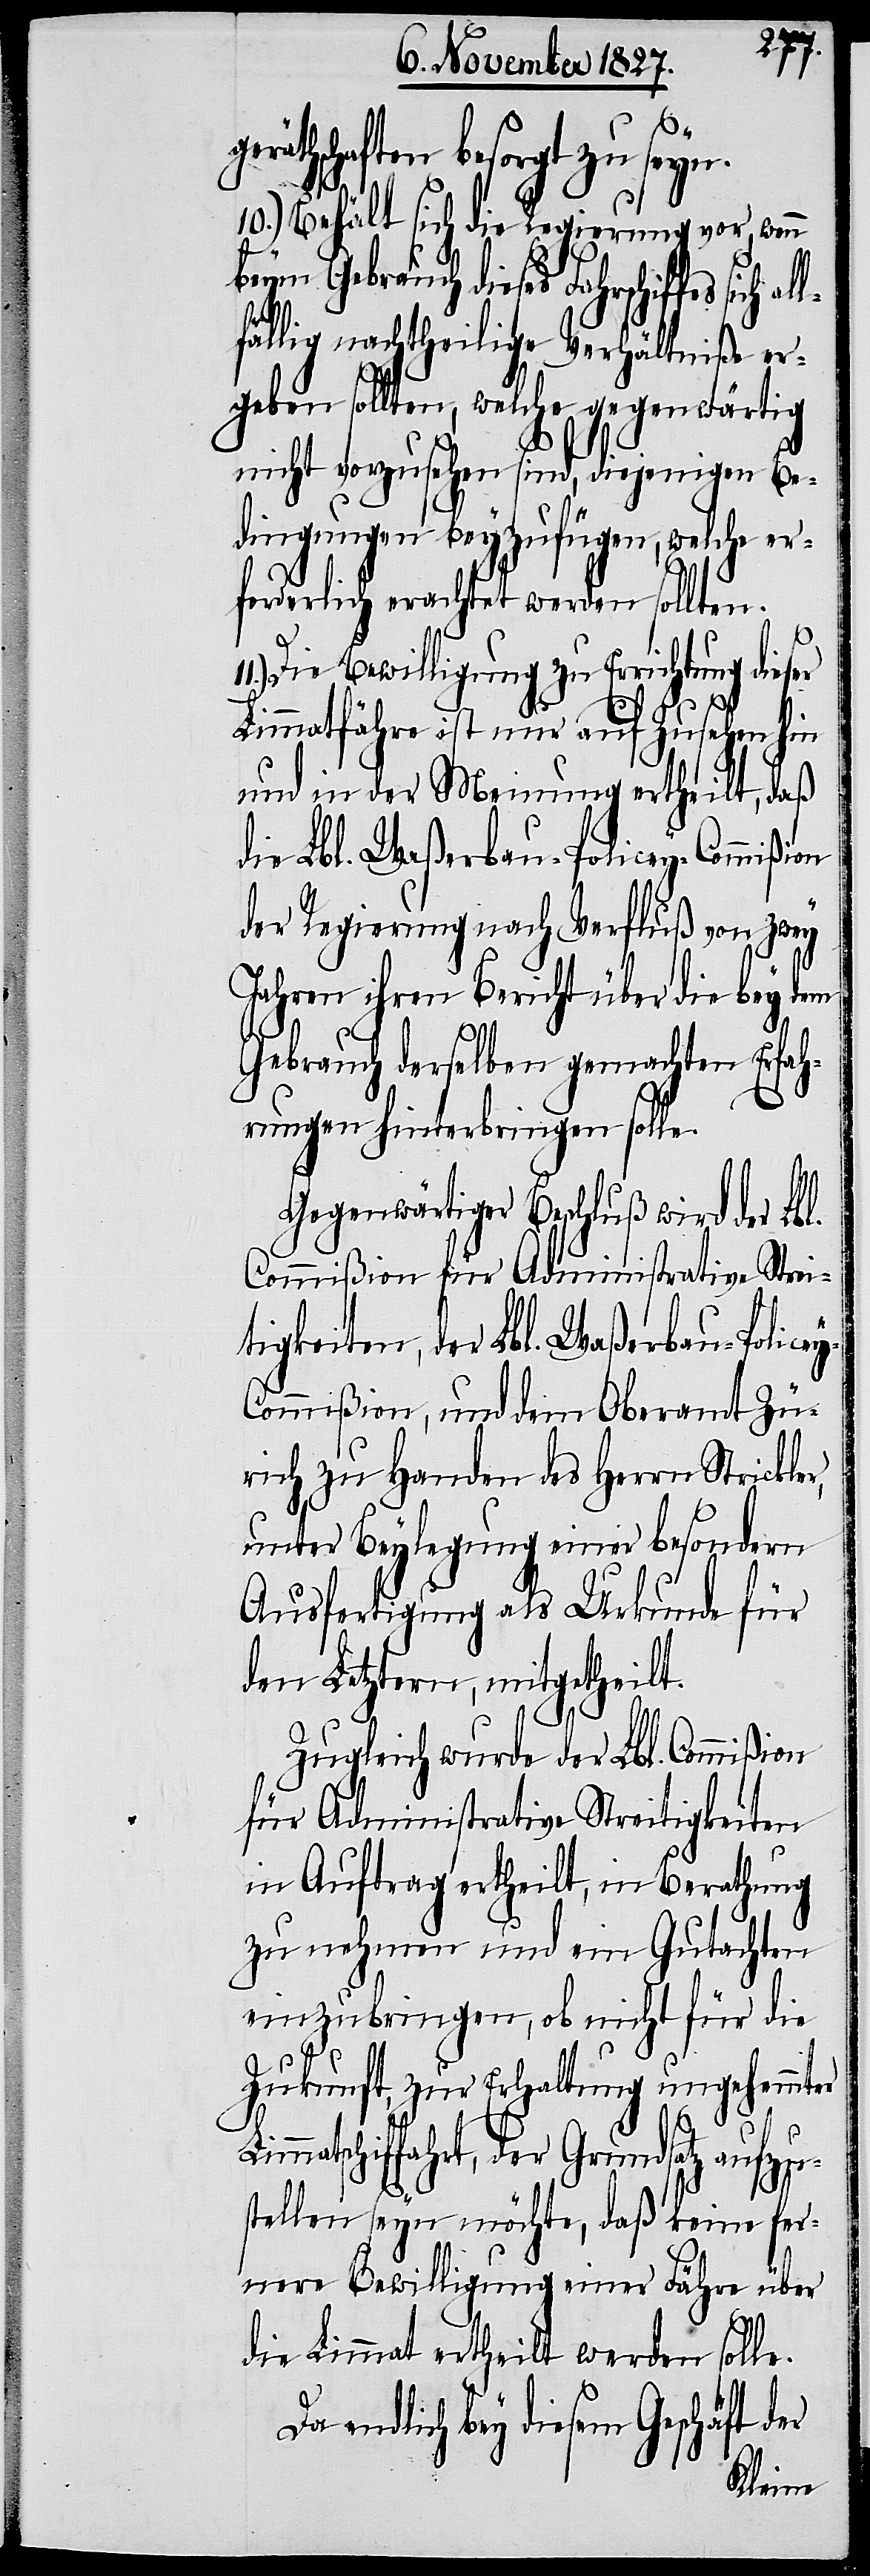
Lim¬
geräthschaften besorgt zu seyn.
10.) Behält sich die Regierung vor, wenn
beym Gebrauch dieses Fahrschiffes
lfällig nachtheilige Verhältniße er¬
geben sollten, welche gegenwärtig
nicht vorzusehen sind, diejenigen Be¬
dingungen beyzufügen, welche er¬
forderlich erachtet werden sollten.
Die Bewilligung zu Errichtung dieser
Limmathfähre ist nur auf Zusehen hin
und in der Meinung ertheilt, daß
die Lbl. Waßerbau-Policey-Commißion
der Regierung nach Verfluß von zwey
Jahren ihren Bericht über die bey dem
Gebrauch derselben gemachten Erfah¬
rungen hinterbringen solle.
Gegenwärtiger Beschluß wird der Lb¬
Commißion für Administrative Strei¬
tigkeiten, der Lbl. Waßerbau-Police¬
y-Commißion, und dem Oberamt Zü¬
rich zu Handen des Herrn Strickler,
unter Beylegung einer besondern
Ausfertigung als Urkunde für
den Letztern, mitgetheilt.
Zugleich wurde der Lbl. Commißion
für Administrative Streitigkeiten
in Auftrag ertheilt, in Berathung
zu nehmen und ein Gutachten
einzubringen, ob nicht für die
Zukunft, zur Erhaltung ungehemmter
matschiffahrt, der Grundsatz aufzus¬
tellen seyn möchte, daß keine fer¬
nere Bewilligung einer Fähre über
die Limmat ertheilt werden solle.
Da endlich bey diesem Geschäft der